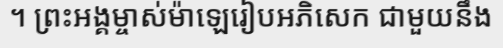
។ ព្រះអង្គម្ចាស់ម៉ាឡេរៀបអភិសេក ជាមួយនឹង